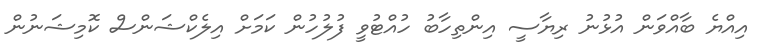
އިއްޔެ ބާއްވަން އުޅުނު ރިޔާސީ އިންތިހާބު ހުއްޓުވީ ފުލުހުން ކަމަށް އިލެކްޝަންސް ކޮމިޝަނުން